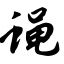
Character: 蝇